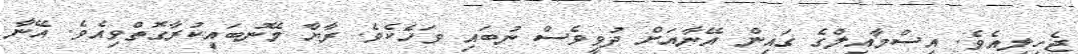
ޖެހިލިއެވެ. އިސްމާއިލްގެ ގައިން އޭނާއަށް ދުވީވެސް ނުބައި ވަހެކެވެ. ރާޔާ މޭނުބައިކުރާގޮތްވިއެވެ. އޭނާ